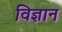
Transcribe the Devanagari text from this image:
विज्ञान